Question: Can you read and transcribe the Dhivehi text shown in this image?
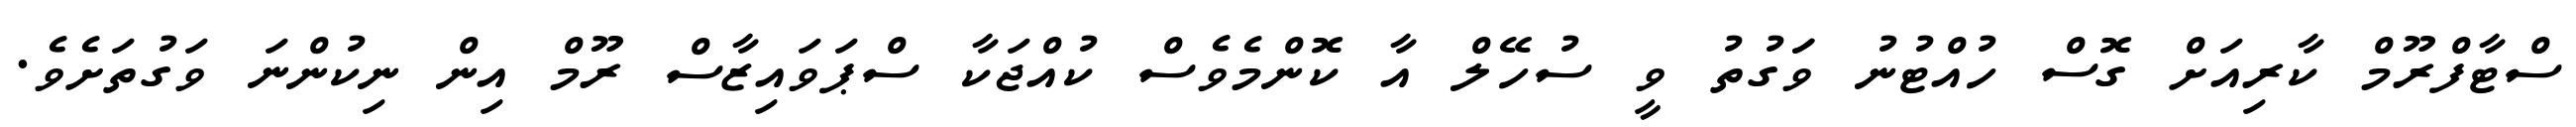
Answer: ސްޓާފްރޫމް ކާރިއަށް ގޮސް ހުއްޓުނު ވަަގުތު ވީ ސުހޭލް އާ ކޮންމެވެސް ކުއްޖަކާ ސްޕަވައިޒާސް ރޫމް އިން ނިކުންނަ ވަގުތަށެވެ.